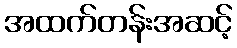
အထက်တန်းအဆင့်